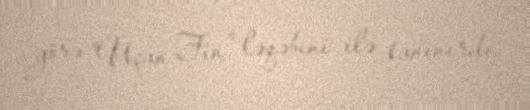
görə "Uçan Fin" ləqəbini ilə tanınırdı.